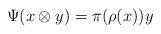
LaTeX: \begin{align*}\Psi (x\otimes y) = \pi (\rho(x))y\end{align*}